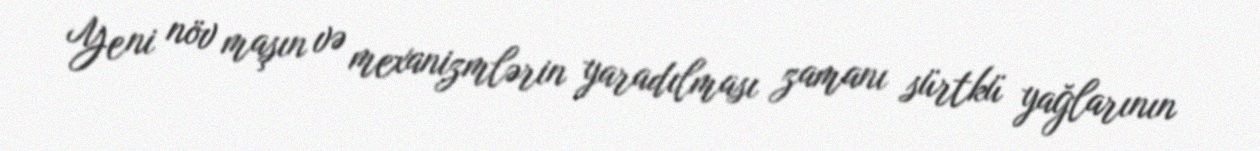
Yeni növ maşın və mexanizmlərin yaradılması zamanı sürtkü yağlarının